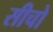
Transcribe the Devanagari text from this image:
सीचो